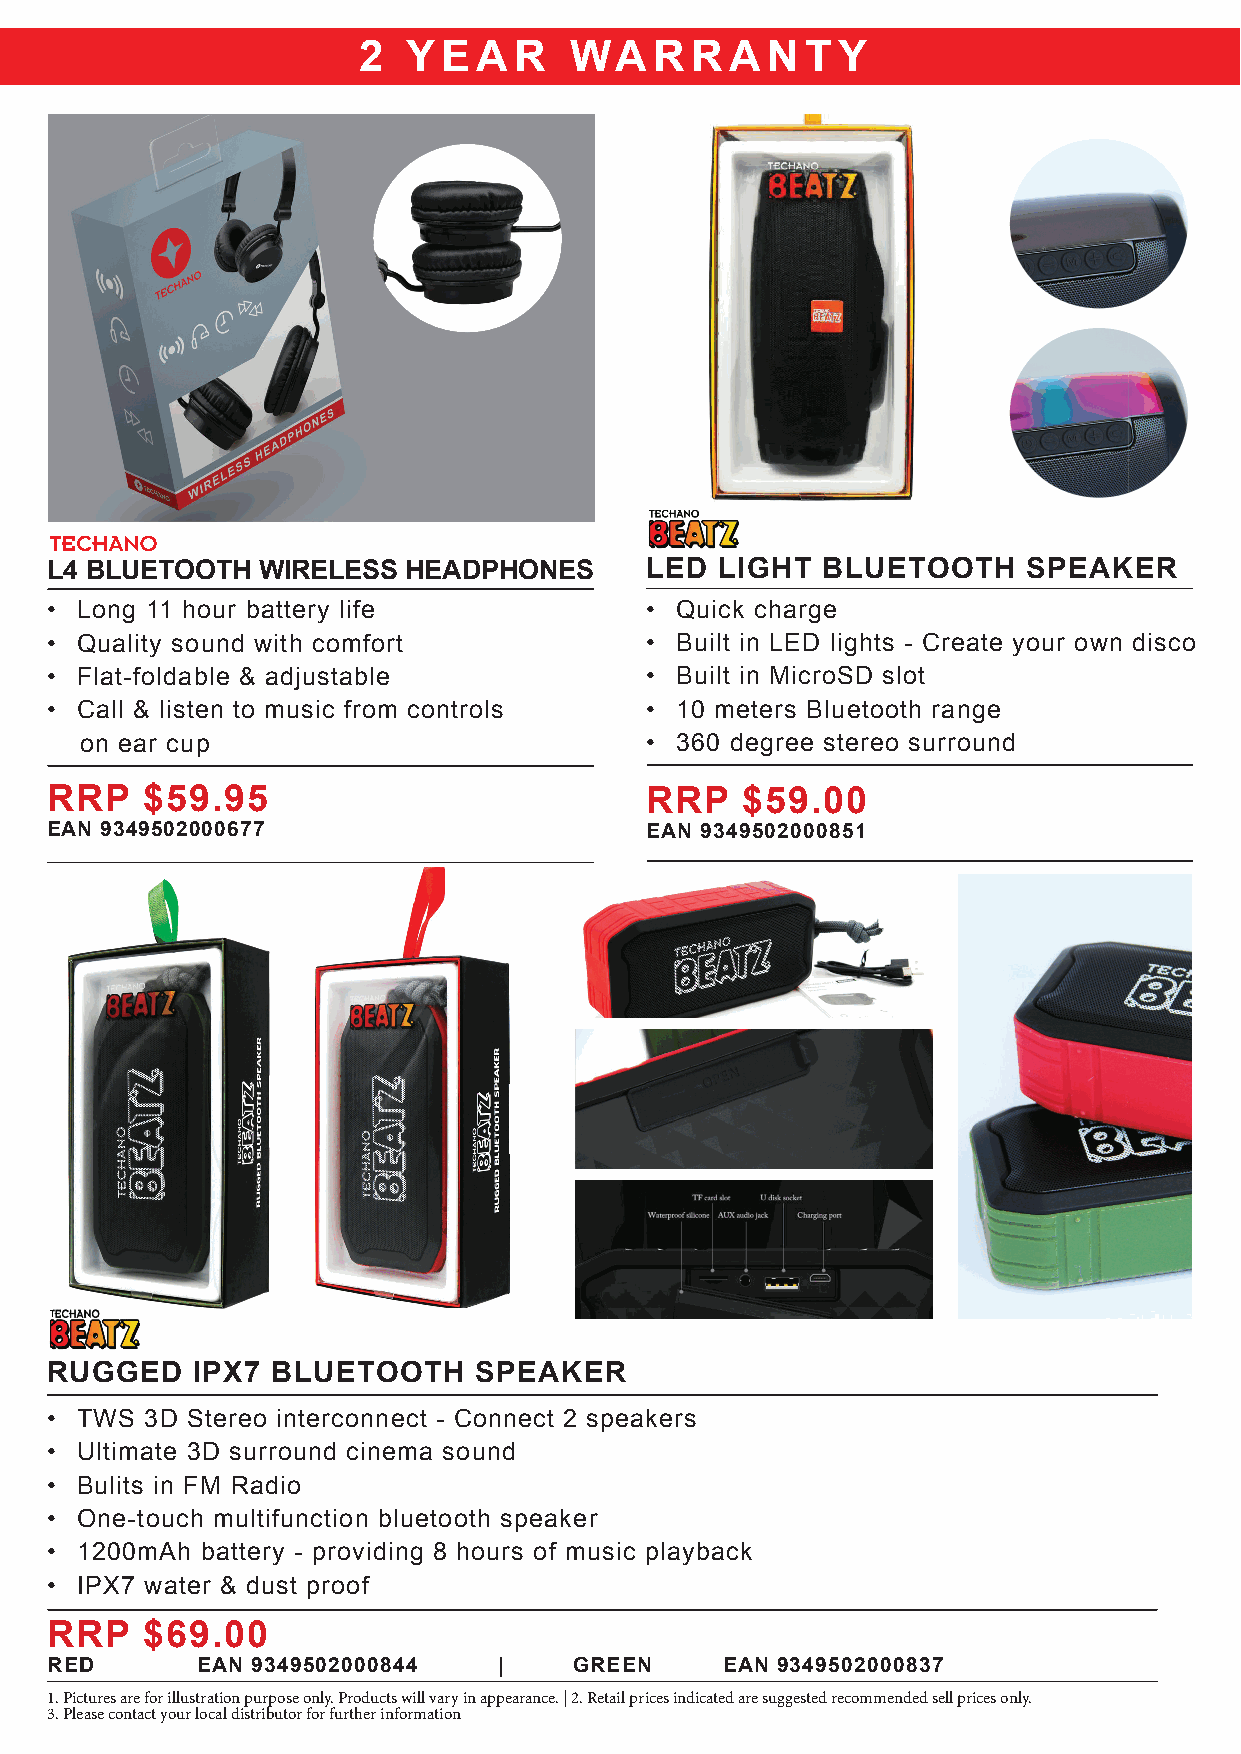
2  YEAR       WARRANTY
 L4 BLUETOOTH  WIRELESS  HEADPHONES      LED  LIGHT BLUETOOTH     SPEAKER
 • Long 11 hour battery life             • Quick charge
 • Quality sound with comfort            • Built in LED lights - Create your own disco
 • Flat-foldable & adjustable            • Built in MicroSD slot
 • Call & listen to music from controls  • 10 meters Bluetooth range
 on ear cup                            • 360 degree stereo surround
 RRP    $59.95                           RRP   $59.00
 EAN 9349502000677                       EAN 9349502000851
 RUGGED    IPX7 BLUETOOTH     SPEAKER
 • TWS  3D Stereo interconnect - Connect 2 speakers
 • Ultimate 3D surround cinema sound
 • Bulits in FM Radio
 • One-touch multifunction bluetooth speaker
 • 1200mAh battery - providing 8 hours of music playback
 • IPX7 water & dust proof
 RRP    $69.00
 RED       EAN 9349502000844   |    GREEN     EAN 9349502000837
 1. Pictures are for illustration purpose only. Products will vary in appearance. | 2. Retail prices indicated are suggested recommended sell prices only.
 3. Please contact your local distributor for further information